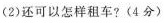
(2)还可以怎样租车?(4分)